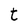
Character: t